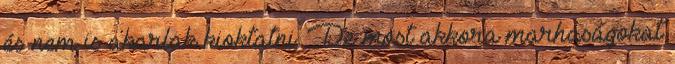
és nem is akarlak kioktatni. De most akkora marhaságokat